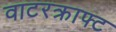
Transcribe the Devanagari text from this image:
वाटरक्राफ्ट